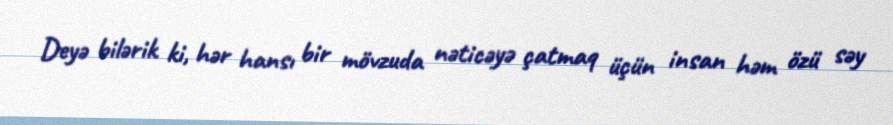
Deyə bilərik ki, hər hansı bir mövzuda nəticəyə çatmaq üçün insan həm özü səy